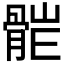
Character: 𩩆